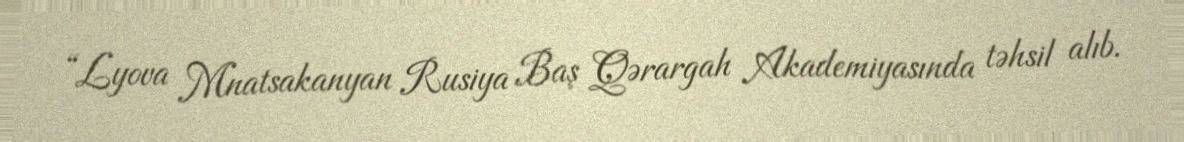
“Lyova Mnatsakanyan Rusiya Baş Qərargah Akademiyasında təhsil alıb.